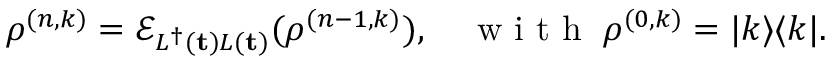
\rho ^ { ( n , k ) } = \mathcal { E } _ { L ^ { \dagger } ( { \mathbf t } ) L ( { \mathbf t } ) } ( \rho ^ { ( n - 1 , k ) } ) , \quad \mathrm { ~ w ~ i ~ t ~ h ~ } \; \rho ^ { ( 0 , k ) } = | k \rangle \langle k | .